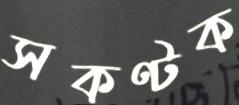
সকণ্টক